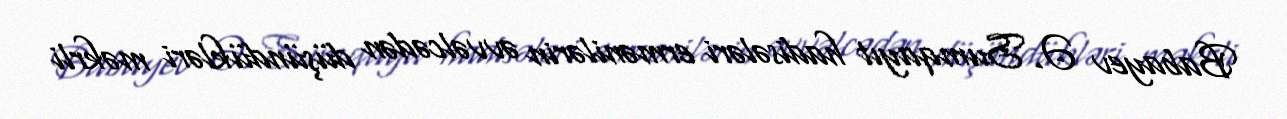
Babayev Ə. Sumqayıt hadisələri ermənilərin əvvəlcədən düşündükləri məkrli